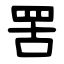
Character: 罟